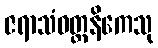
ဇရာသံဝတ္တနိကေသု